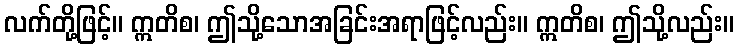
လက်တို့ဖြင့်။ ဣတိစ၊ ဤသို့သောအခြင်းအရာဖြင့်လည်း။ ဣတိစ၊ ဤသို့လည်း။